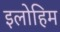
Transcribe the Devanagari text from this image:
इलोहिम